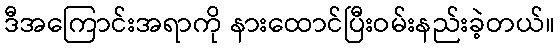
ဒီအကြောင်းအရာကို နားထောင်ပြီးဝမ်းနည်းခဲ့တယ်။